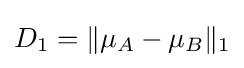
D_{1}=\|\mu _{A}-\mu _{B}\|_{1}